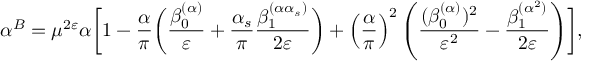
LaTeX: \alpha ^ { B } = \mu ^ { 2 \varepsilon } \alpha \biggl [ 1 - \frac { \alpha } { \pi } \biggl ( \frac { \beta _ { 0 } ^ { ( \alpha ) } } { \varepsilon } + \frac { \alpha _ { s } } { \pi } \frac { \beta _ { 1 } ^ { ( \alpha \alpha _ { s } ) } } { 2 \varepsilon } \biggr ) + \left( \frac { \alpha } { \pi } \right) ^ { 2 } \left( \frac { ( \beta _ { 0 } ^ { ( \alpha ) } ) ^ { 2 } } { \varepsilon ^ { 2 } } - \frac { \beta _ { 1 } ^ { ( \alpha ^ { 2 } ) } } { 2 \varepsilon } \right) \biggr ] ,